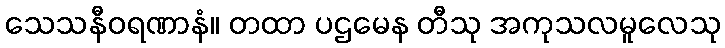
သေသနီဝရဏာနံ။ တထာ ပဌမေန တီသု အကုသလမူလေသု